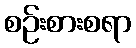
စဉ်းစားစရာ